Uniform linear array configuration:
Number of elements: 4
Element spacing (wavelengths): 0.25
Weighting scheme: hann
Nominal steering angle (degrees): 15
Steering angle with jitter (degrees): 16.01
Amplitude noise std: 0.05
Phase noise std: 0.05

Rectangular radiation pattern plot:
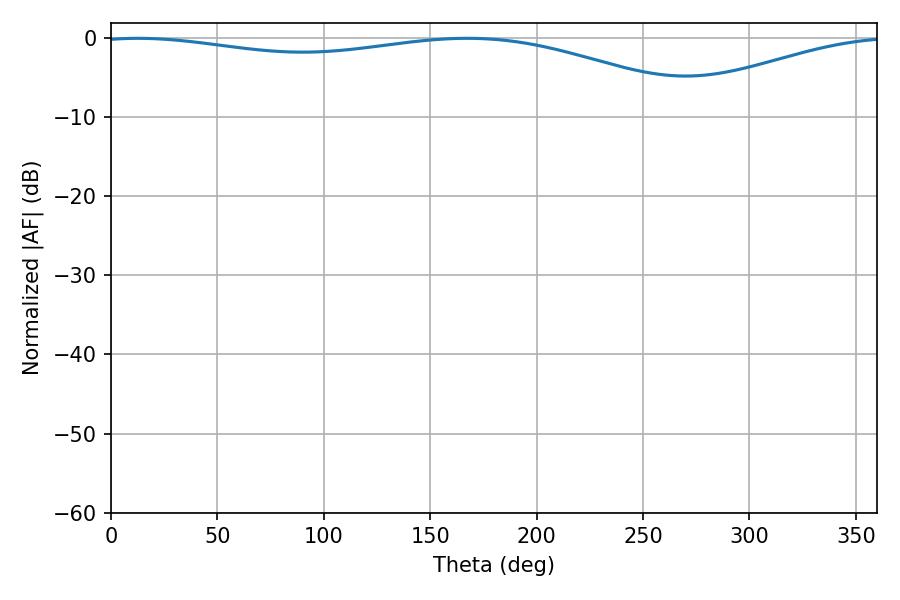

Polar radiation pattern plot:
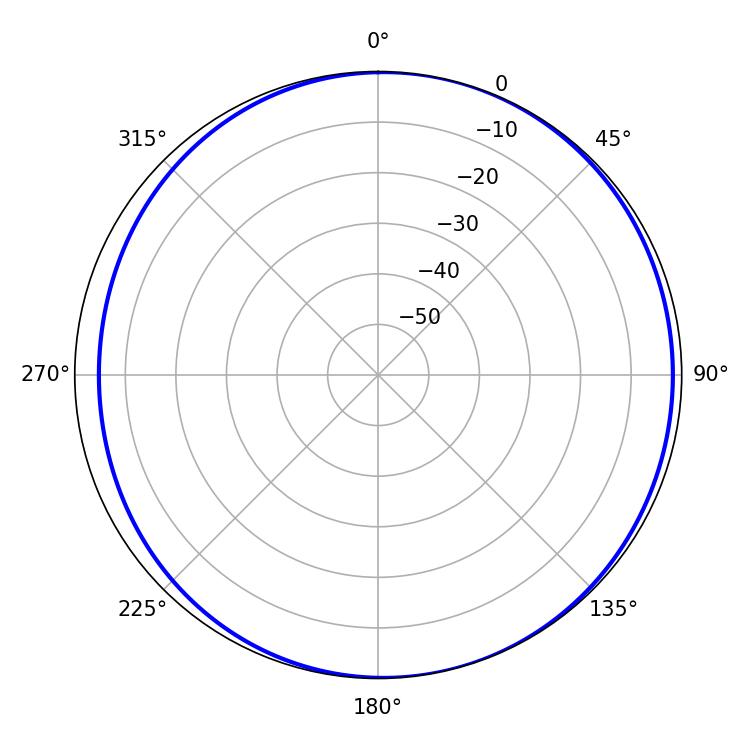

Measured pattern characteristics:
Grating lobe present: FALSE
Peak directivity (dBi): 5.251
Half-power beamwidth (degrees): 231.48
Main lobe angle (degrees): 12.6